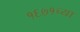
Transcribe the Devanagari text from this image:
१६७१च्या